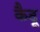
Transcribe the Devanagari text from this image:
कैदू